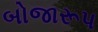
બોજારૂપ